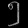
Digit: ၅